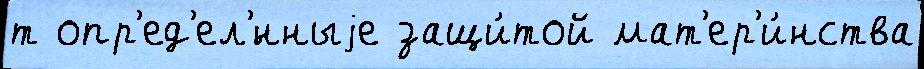
т опр'ед'ел'́нныjе защи́той мат'ер'и́нства